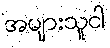
အများသူငါ